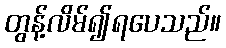
တွန့်လိမ်၍ရပေသည်။